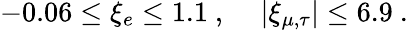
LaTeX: -0.06\leq\xi_{e}\leq 1.1~,~~~~\left|\xi_{\mu,\tau}\right|\leq 6.9~.